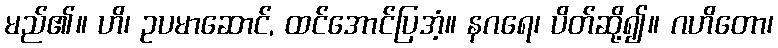
မည်၏။ ဟိ၊ ဥပမာဆောင်, ထင်အောင်ပြအံ့။ နဂရေ၊ ပိတ်ဆို့၍။ ဂဟိတော၊